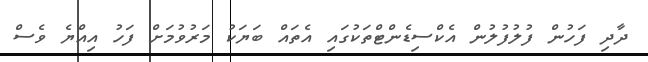
ދާދި ފަހުން ފުލުފުލުން އެކްސިޑެންޓްތަކުގައި އެތައް ބަޔަކު މަރުވުމަށް ފަހު އިއްޔެ ވެސް